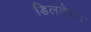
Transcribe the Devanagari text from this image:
डिलटेशन